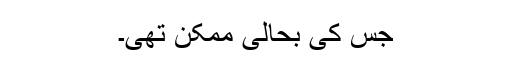
جس کی بحالی ممکن تھی۔